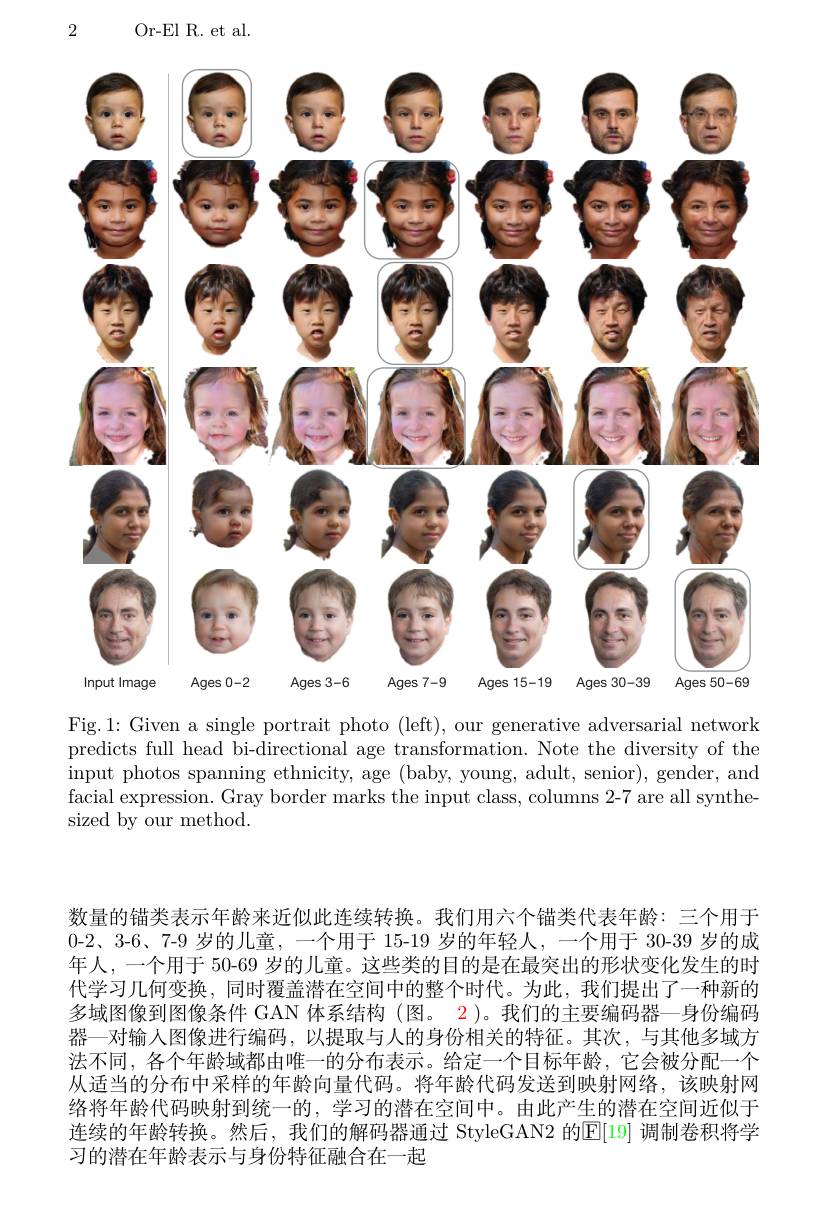
Or- El R. et al.

2
<FigureHere>

Fig.1: Given a single portrait photo (left), our generative adversarial network predicts full head bi-directional age transformation. Note the diversity of the input photos spanning ethnicity, age (baby, young, adult, senior), gender, and facial expression. Gray border marks the input class, columns 2-7 are all synthesized by our method.

数量的锚类表示年龄来近似此连续转换。我们用六个锚类代表年龄：三个用于0-2、3-6、7-9 岁的儿童，一个用于 15-19 岁的年轻人，一个用于 30-39 岁的成年人，一个用于 50-69 岁的儿童。这些类的目的是在最突出的形状变化发生的时代学习几何变换，同时覆盖潜在空间中的整个时代。为此，我们提出了一种新的多域图像到图像条件 GAN 体系结构 (图。2)。我们的主要编码器—身份编码器—对输入图像进行编码，以提取与人的身份相关的特征。其次，与其他多域方法不同，各个年龄域都由唯一的分布表示。给定一个目标年龄，它会被分配一个从适当的分布中采样的年龄向量代码。将年龄代码发送到映射网络，该映射网络将年龄代码映射到统一的，学习的潜在空间中。由此产生的潜在空间近似于连续的年龄转换。然后，我们的解码器通过 StyleGAN2 的$\mathbb{E}[19]$ 调制卷积将学习的潜在年龄表示与身份特征融合在一起